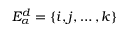
E _ { \alpha } ^ { d } = \{ i , j , \dots , k \}